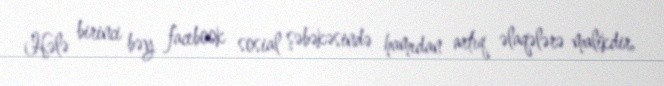
Hələ birinci bəy facebook sosial şəbəkəsində hamıdan artıq əlaqələrə malikdir,